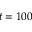
t = 1 0 0